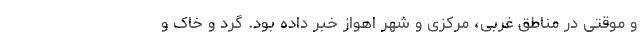
و موقتی در مناطق غربی، مرکزی و شهر اهواز خبر داده بود. گرد و خاک و